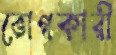
ভোগকারী